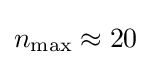
n_{\mathrm {max} }\approx 20